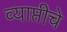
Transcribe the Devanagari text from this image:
व्याप्तीचे